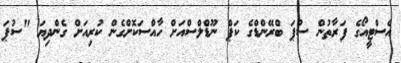
އެސްޓީއޯގެ ފަރާތުން ސުޕަ ބްރޭންޑްގެ ކަޕް ނޫޑްލްސްއަށް ހާއްސަކޮށްގެން ކުރިއަށް ގެންދިޔަ "ސުޕަ